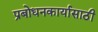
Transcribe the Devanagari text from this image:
प्रबोधनकार्यासाठी